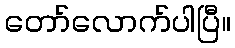
တော်လောက်ပါပြီ။